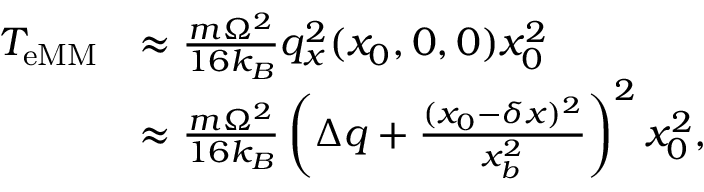
\begin{array} { r l } { T _ { \mathrm { e M M } } } & { \approx \frac { m \Omega ^ { 2 } } { 1 6 k _ { B } } q _ { x } ^ { 2 } ( x _ { 0 } , 0 , 0 ) x _ { 0 } ^ { 2 } } \\ & { \approx \frac { m \Omega ^ { 2 } } { 1 6 k _ { B } } \left( \Delta q + \frac { ( x _ { 0 } - \delta x ) ^ { 2 } } { x _ { b } ^ { 2 } } \right) ^ { 2 } x _ { 0 } ^ { 2 } , } \end{array}